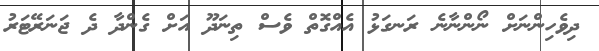
ދިވެހިންނަށް ނޯންނާނެ ރަނގަޅު އެއްގޮތް ވެސް ތިނަދޫ އަށް ގެންދާ ދެ ޖަނަރޭޓަރު